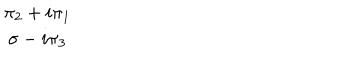
\begin{array} { c } { { \pi _ { 2 } + i \pi _ { 1 } } } \\ { { \sigma - i \pi _ { 3 } } } \\ \end{array}